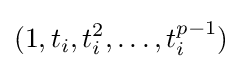
(1,t_{i},t_{i}^{2},\ldots ,t_{i}^{p-1})